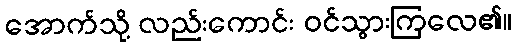
အောက်သို့ လည်းကောင်း ဝင်သွားကြလေ၏။